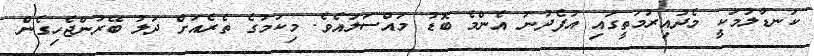
ކަނޑާލުމަކީ މެދުއިރުމަތީގައި އުފެދުނު އެންމެ ބޮޑު މައްސަލައެވެ. މިކަމުގެ ތެރެއަށް ދަލު ބޭރުންޖެހިގެން